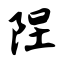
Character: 陧